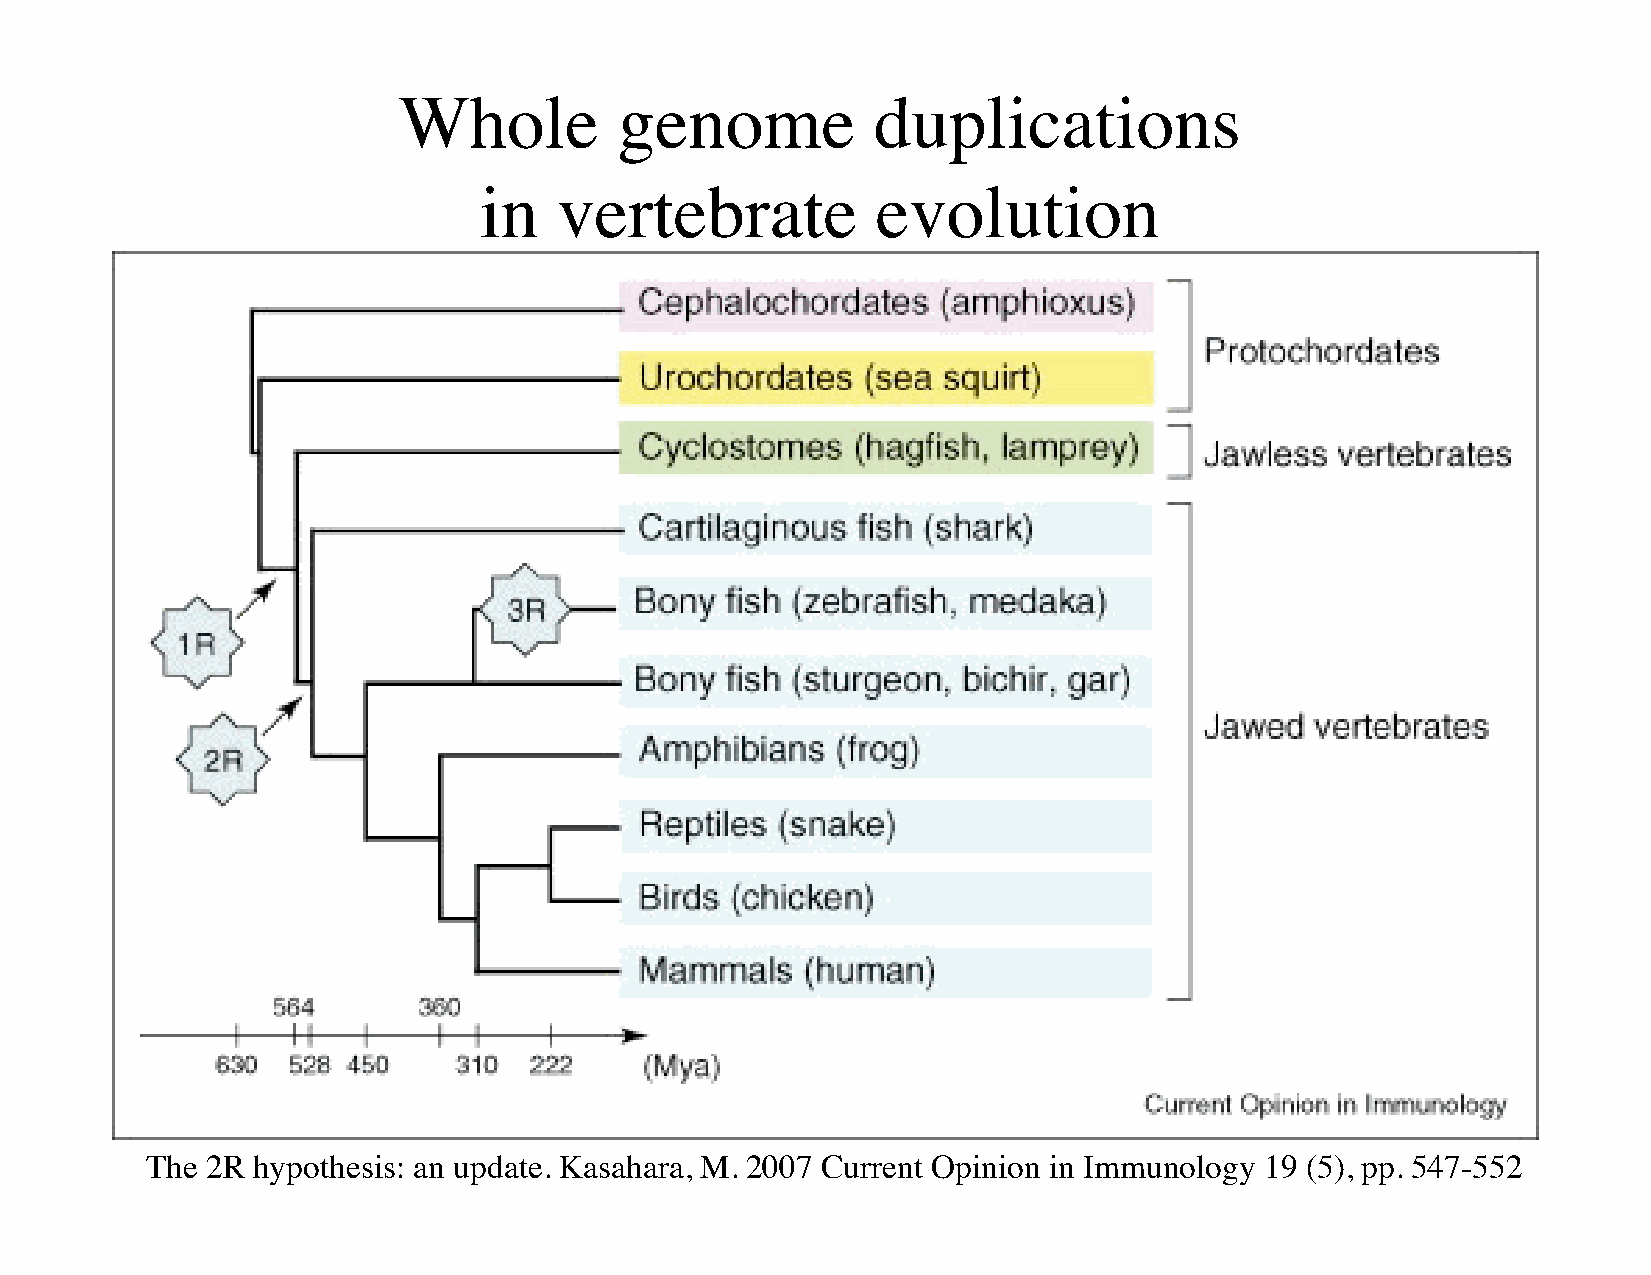
Whole          genome           duplications
 in   vertebrate           evolution
 The 2R hypothesis: an update. Kasahara, M. 2007 Current Opinion in Immunology 19 (5), pp. 547-552